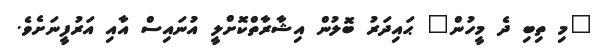
"މި ތިބި ދެ މީހުން" ޙައިދަރު ބޮލުން އިޝާރާތްކޮށްލީ އުނައިސް އާއި އަރުފީނަށެވެ.